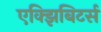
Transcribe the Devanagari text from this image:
एक्झिबिटर्स